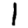
Digit: 1